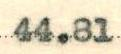
44.81